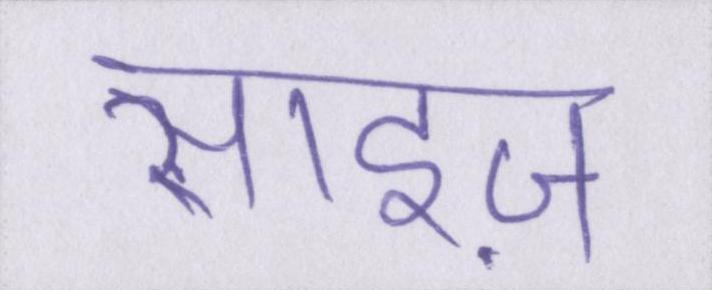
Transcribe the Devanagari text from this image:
साइज़